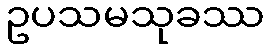
ဥပသမသုခဿ